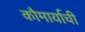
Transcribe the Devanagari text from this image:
कौमार्याची